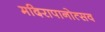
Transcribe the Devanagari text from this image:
मदिरापानोत्सव